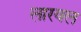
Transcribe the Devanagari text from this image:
लारवल